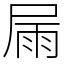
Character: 屚